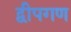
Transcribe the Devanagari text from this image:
द्वीपगण